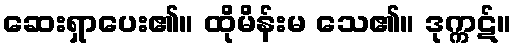
ဆေးရှာပေး၏။ ထိုမိန်းမ သေ၏။ ဒုက္ကဋ်။